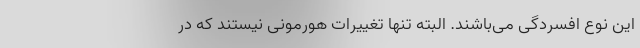
این نوع افسردگی می‌باشند. البته تنها تغییرات هورمونی نیستند که در